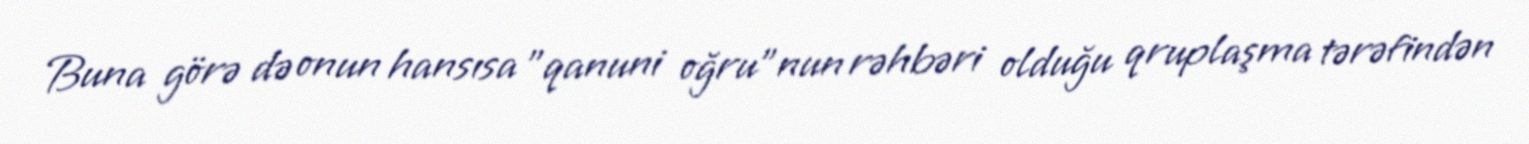
Buna görə də onun hansısa "qanuni oğru"nun rəhbəri olduğu qruplaşma tərəfindən